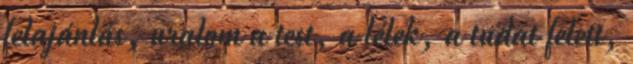
felajánlás, uralom a test, a lélek, a tudat felett,